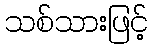
သစ်သားဖြင့်